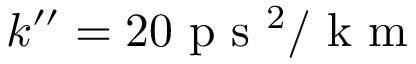
k ^ { \prime \prime } = 2 0 \mathrm { ~ p ~ s ~ } ^ { 2 } / \mathrm { ~ k ~ m ~ }